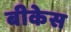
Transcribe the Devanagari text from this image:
बीकेस